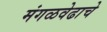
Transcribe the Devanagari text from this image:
मंगळवेढाचे